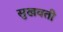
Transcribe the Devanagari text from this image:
सुखवती